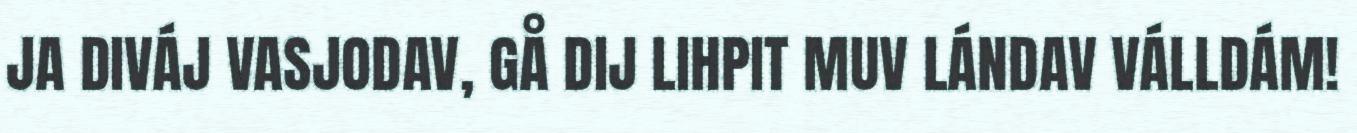
JA DIVÁJ VASJODAV, GÅ DIJ LIHPIT MUV LÁNDAV VÁLLDÁM!